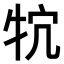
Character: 𤘺